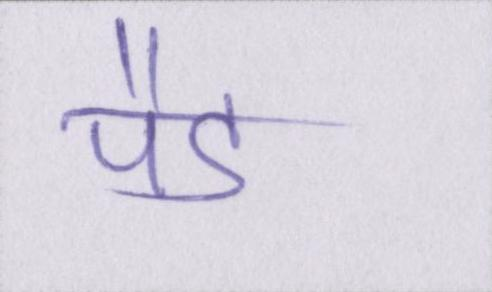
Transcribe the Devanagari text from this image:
पैड